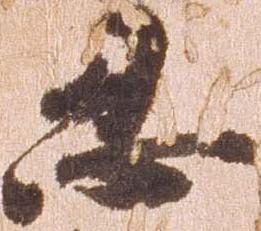
忍